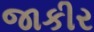
જાકીર